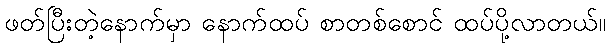
ဖတ်ပြီးတဲ့နောက်မှာ နောက်ထပ် စာတစ်စောင် ထပ်ပို့လာတယ်။